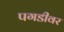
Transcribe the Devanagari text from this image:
पगडीवर